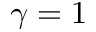
\gamma = 1